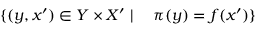
\{ ( y , x ^ { \prime } ) \in Y \times X ^ { \prime } \mid \quad \pi ( y ) = f ( x ^ { \prime } ) \}